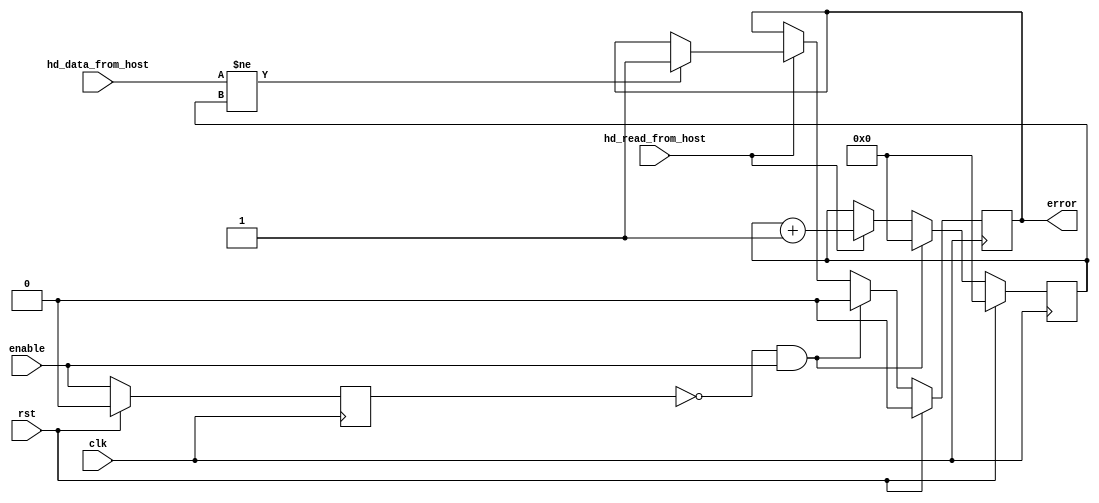
module hd_data_reader (
    input           clk,
    input           rst,

    input           enable,
    output  reg     error,

    input           hd_read_from_host,
    input   [31:0]  hd_data_from_host
);

//Registers/Wires
reg                 prev_enable;
wire                posedge_enable;
reg         [31:0]  test_data;

//Submodules

//Asynchronous Logic
assign              posedge_enable = (!prev_enable && enable);

//Synchronous Logic
always @ (posedge clk) begin
    if (rst) begin
        prev_enable         <=  0;
        error               <=  0;
        test_data           <=  0;
    end
    else begin
        prev_enable         <=  enable;
        if (posedge_enable) begin
            error           <=  0;
            test_data       <=  0;
        end
        else begin
            if (hd_read_from_host) begin
                if (hd_data_from_host != test_data) begin
                    error   <=  1;
                end
                test_data   <=  test_data + 1;
            end
        end
    end
end


endmodule